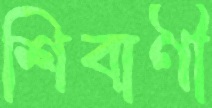
শিবাণী